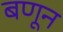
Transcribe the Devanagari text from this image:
बणून